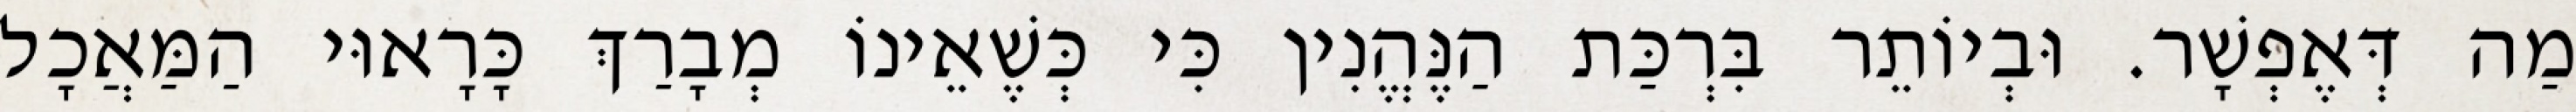
מַה דְּאֶפְשָׁר. וּבְיוֹתֵר בִּרְכַּת הַנֶּהֱנִין כִּי כְּשֶׁאֵינוֹ מְבָרַךְ כָּרָאוּי הַמַּאֲכָל